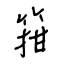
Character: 箝